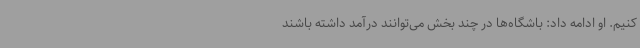
کنیم. او ادامه داد: باشگاه‌ها در چند بخش می‌توانند درآمد داشته باشند